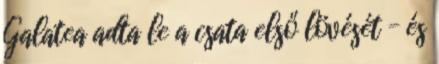
Galatea adta le a csata első lövését – és